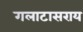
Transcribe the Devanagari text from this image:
गलाटासराय